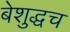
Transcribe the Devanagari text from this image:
बेशुद्धच